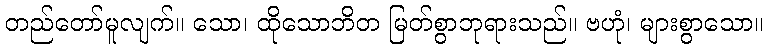
တည်တော်မူလျက်။ သော၊ ထိုသောဘိတ မြတ်စွာဘုရားသည်။ ဗဟုံ၊ များစွာသော။